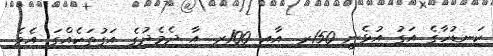
ކަނޑުހާގެ އަގު އުޅެނީ 150ރ. އާއި 100ރ. އާ ދެމެދުގެ އަގުތަކެއްގަ އެވެ.